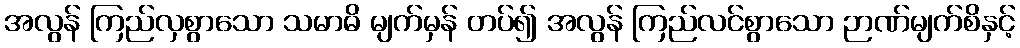
အလွန် ကြည်လှစွာသော သမာဓိ မျက်မှန် တပ်၍ အလွန် ကြည်လင်စွာသော ဉာဏ်မျက်စိနှင့်